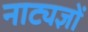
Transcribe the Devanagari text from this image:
नाट्यज्ञों